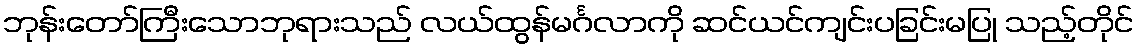
ဘုန်းတော်ကြီးသောဘုရားသည် လယ်ထွန်မင်္ဂလာကို ဆင်ယင်ကျင်းပခြင်းမပြု သည့်တိုင်